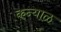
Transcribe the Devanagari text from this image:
कन्याळ